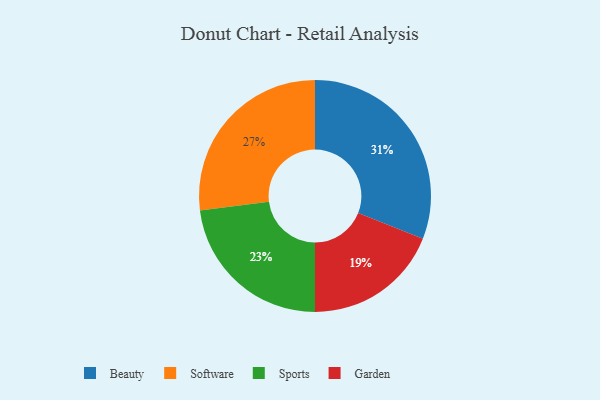
{"axis": {"x": "Category", "y": "Percentage"}, "legend": ["Beauty", "Garden", "Software", "Sports"], "data": [{"x": "Sports", "y": 23, "type": "Sports"}, {"x": "Software", "y": 27, "type": "Software"}, {"x": "Garden", "y": 19, "type": "Garden"}, {"x": "Beauty", "y": 31, "type": "Beauty"}]}